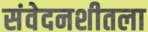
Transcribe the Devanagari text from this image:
संवेदनशीतला